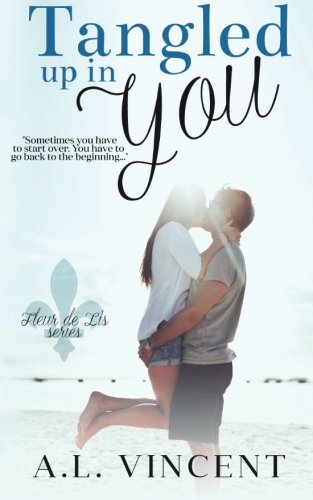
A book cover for Tangled Up In You (Fleur de Lis) (Volume 1); A.L. Vincent; Romance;